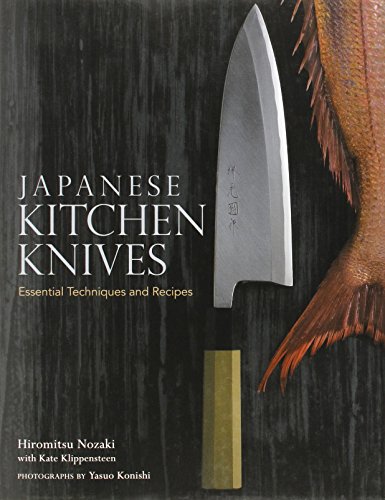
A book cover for Japanese Kitchen Knives: Essential Techniques and Recipes; Hiromitsu Nozaki; Cookbooks, Food & Wine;